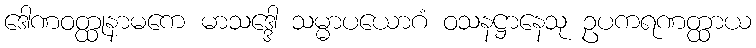
ဒေါဏဝတ္ထုနာမကေ မာသဒ္ဒေါ သမ္မာပယောဂံ ဝသနဋ္ဌာနေသု ဥပကရဏတ္ထာယ